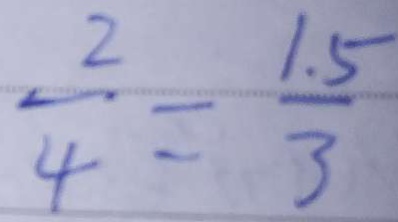
\frac { 2 } { 4 } = \frac { 1 . 5 } { 3 }